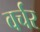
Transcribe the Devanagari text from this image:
वर्चर